Annual report of the Madras Medical College
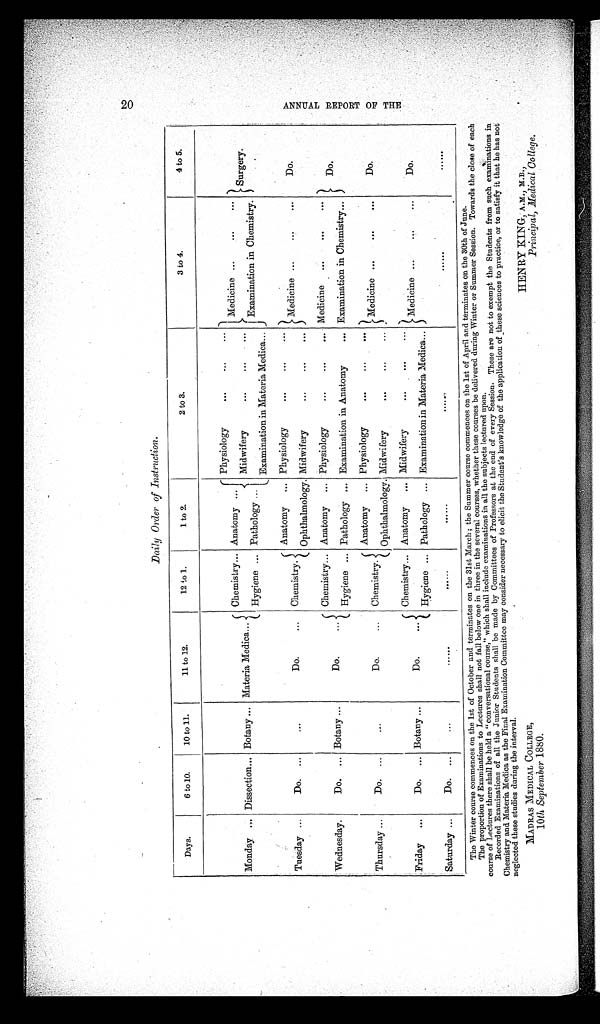
20
A N N U A L R E P O R T O F T H E
Daily Order of Instruction.
Days.
6 to 10.
10 to 11.
11 to 12.
12 to 1.
1 to 2.
2 to 3.
3 to 4.
4 to 5.
Monday ... Dissection... Botany ... Materia Medica...
Chemistry... Anatomy ...
Physiology
...
...
...
Medicine ...
...
Surgery.
Midwifery
...
...
...
Hygiene ... Pathology ...
I Examination in Chemistry.
Examination in Materia Medica...
Tuesday ...
Do. ...
. . .
Do.
...
Chemistry.
Anatomy
... Physiology
...
...
...
Medicine ...
...
Do.
Ophthalmology. Midwifery
...
...
...
Wednesday.
Do. ... Botany ...
Do.
...
Chemistry... Anatomy ... Physiology
...
...
... Medicine
...
...
...
Do.
Hygiene ... Pathology ... Examination in Anatomy
... Examination in Chemistry...
Thursday ...
Do. ...
...
Do.
...
Chemistry.
Anatomy ... Physiology
...
...
...
Medicine ...
...
...
Do.
Ophthalmology. Midwifery
...
Friday
...
Do. ... Botany ...
Do.
. . .
Chemistry... Anatomy
... Midwifery
...
Medicine ...
...
Do.
Hygiene ... Pathology ... Examination in Materia Medica...
Saturday ...
Do. ...
...
. . . . . .
......
. . . . . .
......
. . . . . .
The Winter course commences on the 1st of October and terminates on the 31st March ; the Summer course commences on the 1st of April and terminates on the 30th of June.
the proportion of Examination to Lectures shall not fall below one in three in the several courses, whether these courses be delivered during Winter or Summer Session. Towards the close of each
course of Lectures there shall be held a "conversationa
l course," which shall include examinations in all the subjects lectured upon.
Recorded Examinations of all the Junior Students shall be made by Committees of Professors at the end of every Session. These are not to exempt the Students from such examinations in
Chemistry and Materia Medica as the Final Examination Committee may consider necessary to elicit the Student's knowledge of the application of these sciences to practice, or to satisfy it that he has not
neglected these studies during the interval.
MADRAS MEDICAL COLLEGE,
HENRY KING, A.M M.B.,
10th September 1880.
Principal, Medical College.